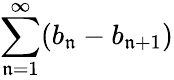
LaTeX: \sum\limits_{\mathfrak{n}=1}^{\infty}(b_{\mathfrak{n}}-b_{\mathfrak{n}+1})